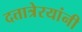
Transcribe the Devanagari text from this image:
दत्तात्रेरयांनी